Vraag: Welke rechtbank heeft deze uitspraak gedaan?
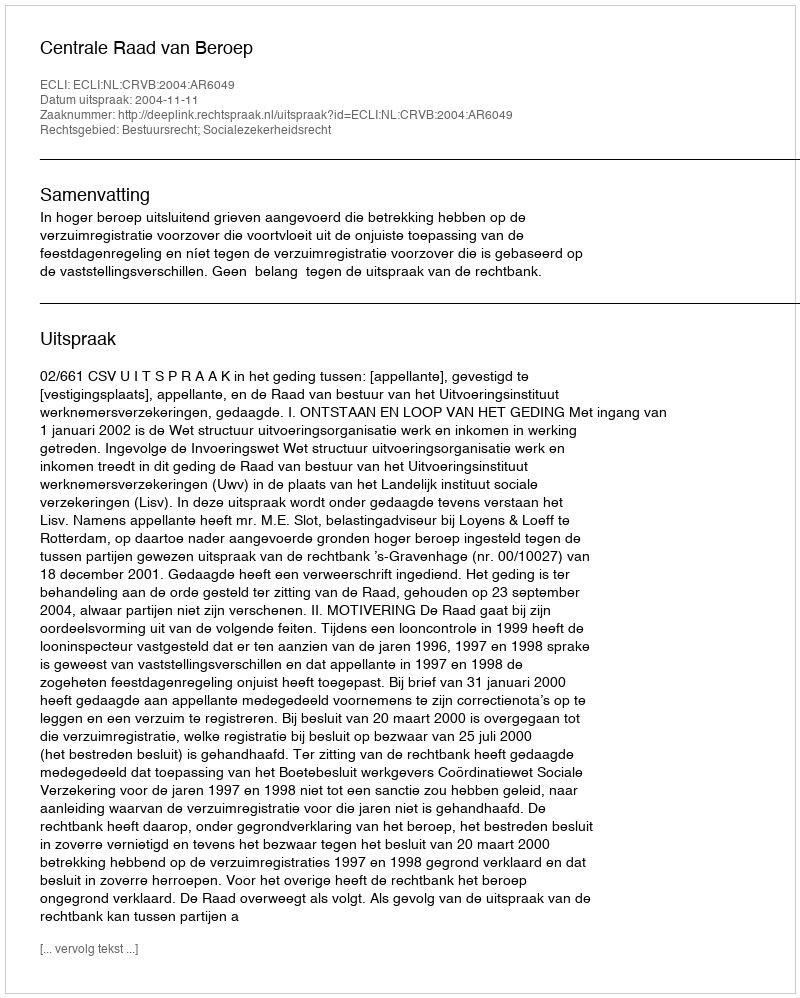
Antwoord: Centrale Raad van Beroep